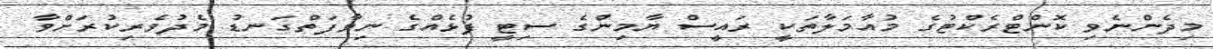
މިދެންނެވި ކޮންޓްރެކްޓުގެ މުއާމަލާތަކީ ރައީސް ޔާމިންގެ ސިޓީ ފުޅެއްގެ ނިވާފަތްގަނޑު މެދުވެރިކުރަށްވާ